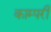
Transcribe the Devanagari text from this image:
काम्परी